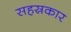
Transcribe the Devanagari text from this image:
सहस्रकार